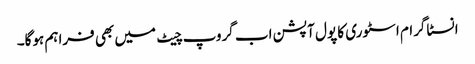
انسٹاگرام اسٹوری کا پول آپشن اب گروپ چیٹ میں بھی فراہم ہوگا۔